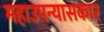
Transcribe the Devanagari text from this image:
महाउपन्यासकार